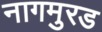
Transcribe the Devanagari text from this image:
नागमुरड